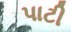
પાટી